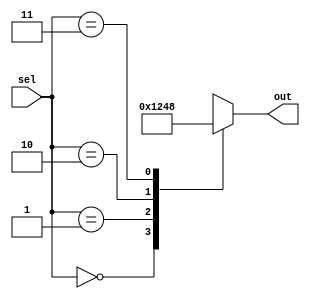
module unique_case_statement (
    input [1:0] sel,
    output reg [3:0] out
);

always @(*)
begin
    case (sel)
        2'b00: out = 4'b0001;
        2'b01: out = 4'b0010;
        2'b10: out = 4'b0100;
        2'b11: out = 4'b1000;
        default: out = 4'b0000;
    endcase
end

endmodule